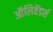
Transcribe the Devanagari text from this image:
ऑलिवेंडर्स